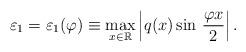
LaTeX: \begin{align*}\varepsilon_1 = {\varepsilon_1(\varphi)} \equiv \max\limits_{x\in {\mathbb R}} \left|q(x) \sin\, \frac{\varphi x}{2}\right|.\end{align*}